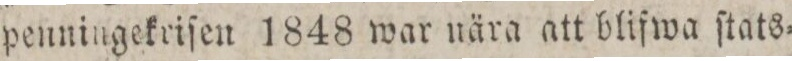
penningekriſen 1848 war nära att blifwa ſtats=